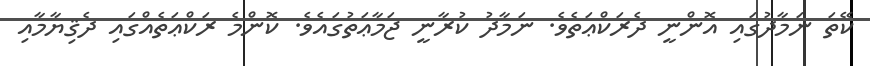
ކޭތަ ނަމާދުގައި އޮންނީ ދެރަކްޢަތެވެ. ނަމާދު ކުރާނީ ޖަމާޢަތުގައެވެ. ކޮންމެ ރަކްޢަތެއްގައި ދެޤިޔާމާއި